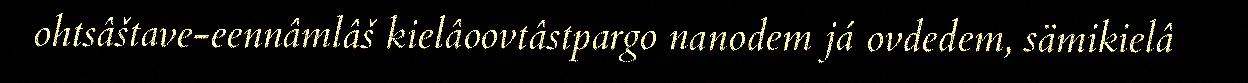
ohtsâštave-eennâmlâš kielâoovtâstpargo nanodem já ovdedem, sämikielâ